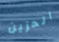
الحزين